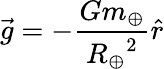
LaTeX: {\vec{g}}=-{\frac{Gm_{\oplus}}{{R_{\oplus}}^{2}}}{\hat{r}}